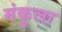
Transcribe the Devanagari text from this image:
मंकुला